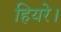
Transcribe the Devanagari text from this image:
हियरे।